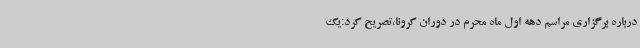
درباره برگزاری مراسم دهه اول ماه محرم در دوران کرونا،تصریح کرد:یک